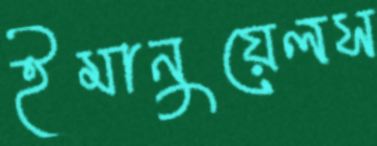
ইমানুয়েলস